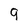
Character: 9